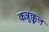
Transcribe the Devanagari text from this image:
कन्नुक्कुल